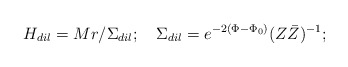
\begin{align*}H_{dil} = M r/ \Sigma_{dil};\quad\Sigma_{dil}=e^{-2(\Phi - {\Phi}_0)}(Z{\bar Z})^{-1}; \end{align*}